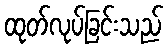
ထုတ်လုပ်ခြင်းသည်